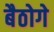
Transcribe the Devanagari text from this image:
बैठोगे